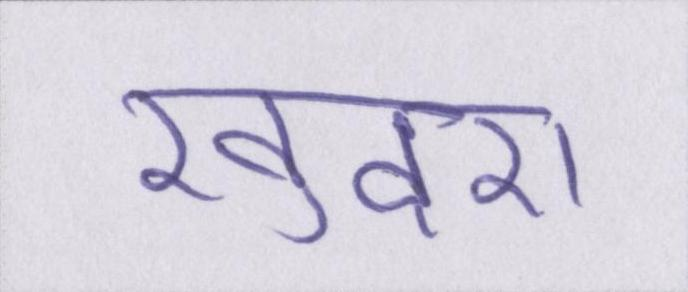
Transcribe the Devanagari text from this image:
खुदरा